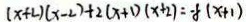
( x + 2 ) ( x - 2 ) + 2 ( x + 1 ) ( x + 2 ) = - 8 ( x + 1 )